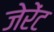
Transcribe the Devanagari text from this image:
जेरेंट